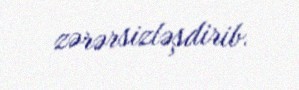
zərərsizləşdirib.